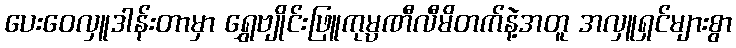
ပေးဝေလှူဒါန်းတာမှာ ရွှေဗျိုင်းဖြူကုမ္ပဏီလီမိတက်နဲ့အတူ အလှူရှင်များစွာ